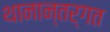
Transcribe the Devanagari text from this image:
थानान्तर्गत